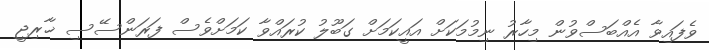
ވެފައިވާ އެއްބަސްވުން މިހާރު ނިމުމަކަށް އައީކަމަށް ގަބޫލު ކުރައްވާ ކަމަށްވެސް ފަރަންސޭސި ޚާރިޖީ